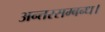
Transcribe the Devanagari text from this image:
अन्तरसम्बन्ध।